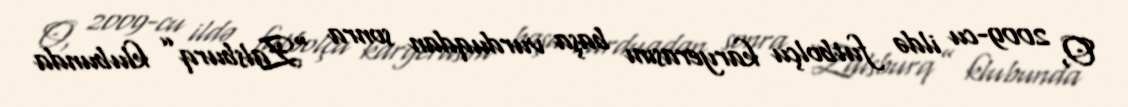
O, 2009-cu ildə futbolçu karyerasını başa vurduqdan sonra “Zalsburq” klubunda